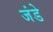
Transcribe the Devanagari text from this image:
जंडे